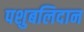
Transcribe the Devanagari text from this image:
पशुबलिदान